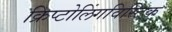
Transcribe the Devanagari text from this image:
क्रिप्टोलिंगविस्टिक